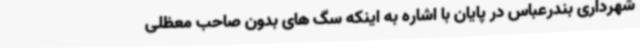
شهرداری بندرعباس در پایان با اشاره به اینکه سگ های بدون صاحب معظلی